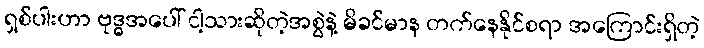
ရှစ်ပါးဟာ ဗုဒ္ဓအပေါ် ငါ့သားဆိုတဲ့အစွဲနဲ့ မိခင်မာန တက်နေနိုင်စရာ အကြောင်းရှိတဲ့